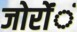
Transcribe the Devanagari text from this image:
जोरोंंं